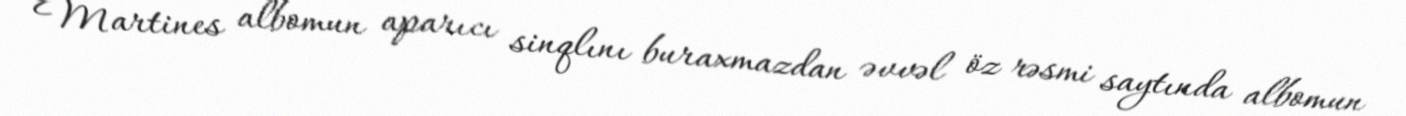
Martines albomun aparıcı sinqlını buraxmazdan əvvəl öz rəsmi saytında albomun